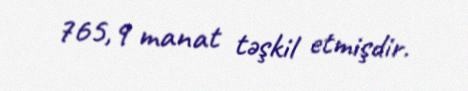
765,9 manat təşkil etmişdir.